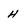
Character: H